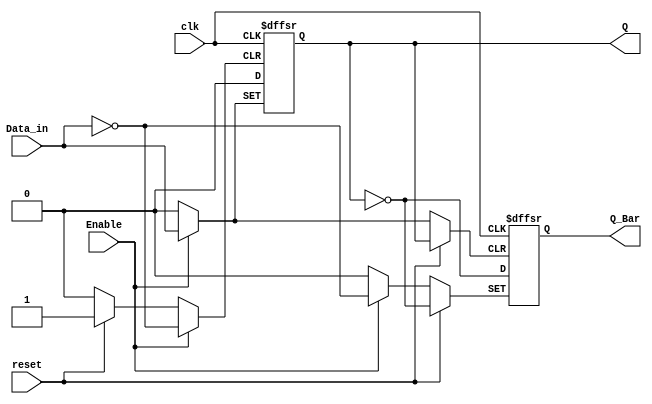
module Async_FlipFlop(Enable, clk, reset, Data_in, Q, Q_Bar);

input Enable, clk, reset, Data_in;
output reg Q_Bar, Q;

always @ (posedge clk or posedge Enable or posedge reset)
begin
  if(reset) begin
    Q <= 1'b0;
    Q_Bar <= ~Q;
  end
  else if(Enable) begin
    Q <= Data_in;
    Q_Bar <= ~Data_in;
  end
  else begin
    Q <= 1'b0;
    Q_Bar <= ~Q;
  end
end

endmodule